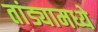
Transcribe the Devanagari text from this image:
तांड्यामध्ये